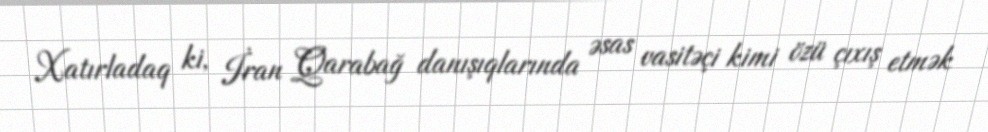
Xatırladaq ki, İran Qarabağ danışıqlarında əsas vasitəçi kimi özü çıxış etmək